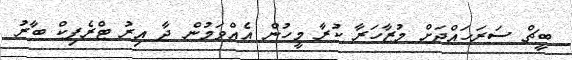
ބީޗް ސަރަހައްދަށް މުޒާހަރާ ކުރާ މީހުން އެއްވަމުން ދާ އިރު ޓްރެފިކް ބާރު